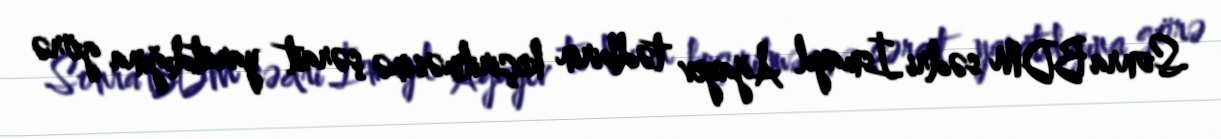
Sonra BDM sədri İsmayıl Ağayev tədbirin keçirilməsinə şərait yaratdığına görə